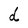
Character: d